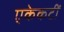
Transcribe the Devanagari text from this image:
एकेकटीं